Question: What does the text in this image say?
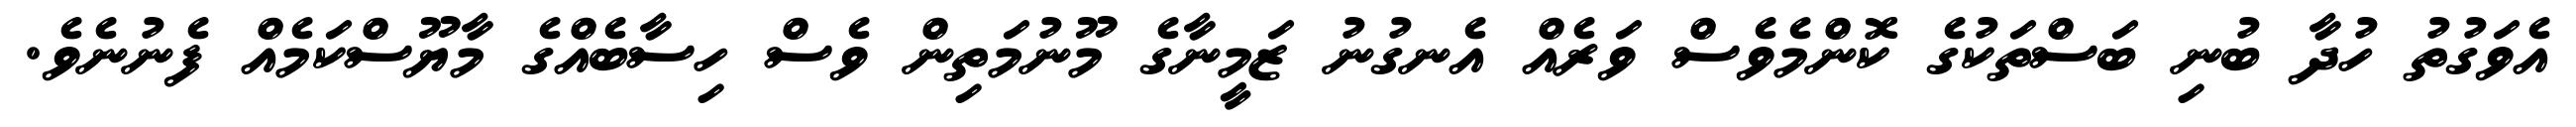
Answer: އެވަގުތު ހުދާ ބުނި ބަސްތަކުގެ ކޮންމެވެސް ވަރެއް އެނގުނު ޒަމީނާގެ މޫނުމަތިން ވެސް ހިސާބެއްގެ މާޔޫސްކަމެއް ފެނުނެވެ.